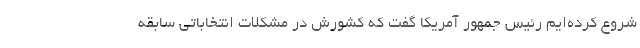
شروع کرده‌ایم رئیس جمهور آمریکا گفت که کشورش در مشکلات انتخاباتی سابقه